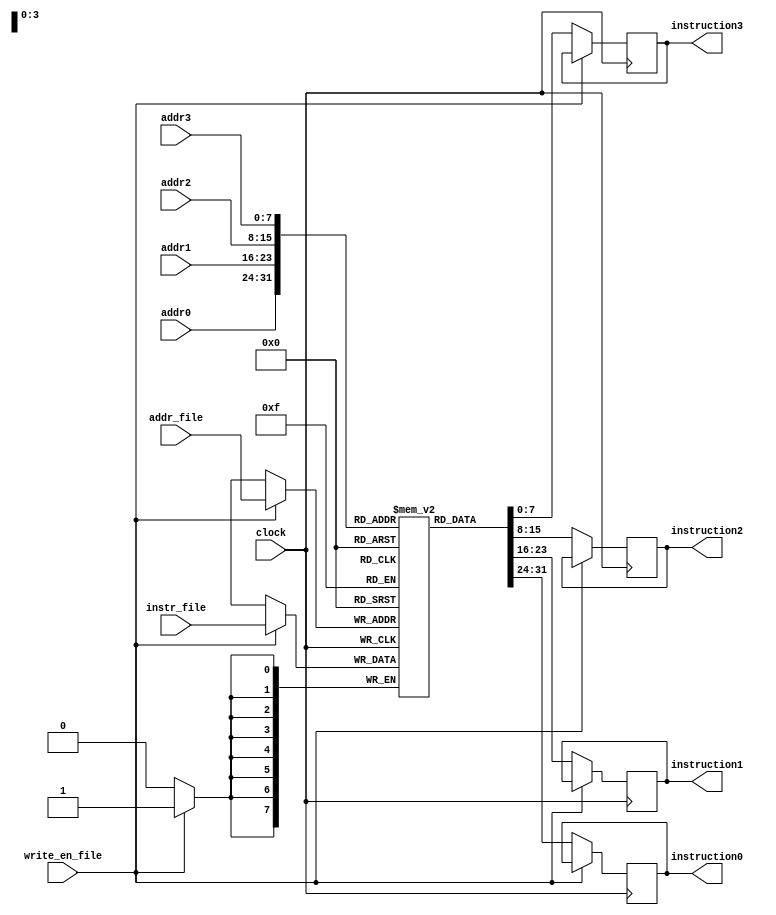
module instruction_memory(
input clock,
input write_en_file,
input [7:0] instr_file,
input [7:0] addr_file,
input [7:0] addr0,addr1,addr2,addr3,
output reg [7:0] instruction0,instruction1,instruction2,instruction3
);

reg [7:0] ram [255:0];

parameter EN0 =8'd3;
parameter EN1 =8'd4;
parameter EN2 =8'd5;
parameter EN3 =8'd6;
parameter ENALL =8'd7;
parameter RSTALL =8'd8;
parameter LODAC =8'd9;
parameter MACCI =8'd11;
parameter MACCJ =8'd12;
parameter MACCK =8'd13;
parameter MVSKR =8'd14;
parameter MVSIR =8'd15;
parameter MVSJR =8'd16;
parameter MCIAC =8'd17;
parameter MCJAC =8'd18;
parameter MCKAC =8'd19;
parameter MAAAR =8'd20;
parameter MVACR =8'd21;
parameter MABAR =8'd22;
parameter MTACR =8'd23;
parameter MACTA =8'd24;
parameter MVRAC =8'd25;
parameter MADAR =8'd26;
parameter STOAC =8'd27;
parameter RSTAC =8'd28;
parameter RSTSJ =8'd29;
parameter RSTSK =8'd30;
parameter INCSI =8'd31;
parameter INCSJ =8'd32;
parameter INCSK =8'd33;
parameter SUBTR =8'd34;
parameter MULTI =8'd35;
parameter ADDIT =8'd36;
parameter END =8'd38;
parameter JUMNZ =8'd40;




always @(posedge clock) 
begin
    if (write_en_file==1)
        ram[addr_file]<=instr_file;
    else
     begin
        instruction0 <= ram[addr0];
        instruction1 <= ram[addr1];
        instruction2 <= ram[addr2];
        instruction3 <= ram[addr3];
    end
end
endmodule